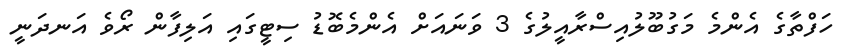
ހަފްތާގެ އެންމެ މަގުބޫލުއިސްރާއީލުގެ 3 ވަނައަށް އެންމެބޮޑު ސިޓީގައި އަލިފާން ރޯވެ އަނދަނީ